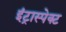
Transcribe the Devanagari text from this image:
इंट्रास्पेक्ट